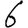
Digit: 6